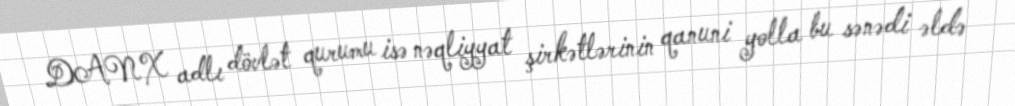
DANX adlı dövlət qurumu isə nəqliyyat şirkətlərinin qanuni yolla bu sənədi əldə